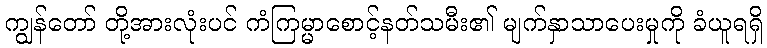
ကျွန်တော် တို့အားလုံးပင် ကံကြမ္မာစောင့်နတ်သမီး၏ မျက်နှာသာပေးမှုကို ခံယူရရှိ